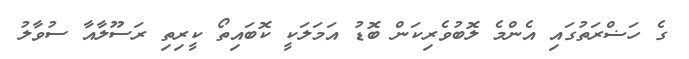
ގެ ހަޟްރަތުގައި އެންމެ ލޮބުވެރިކަން ބޮޑު އަމަލަކީ ކޮބައިތޯ ކީރިތި ރަސޫލާއާ ސުވާލު